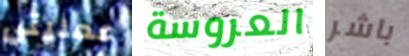
عمليتي العروسة باشر